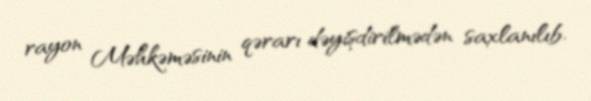
rayon Məhkəməsinin qərarı dəyişdirilmədən saxlanılıb.